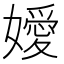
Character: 嬡